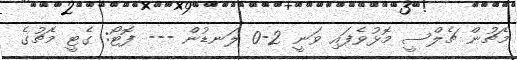
މެޗުން ޗެލްސީ މޮޅުވެފައި ވަނީ 2-0 ލަނޑުން --- ފޮޓޯ: ގެޓީ މެޗުގެ